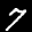
Label: 7